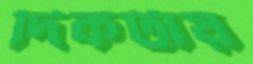
দিকটায়